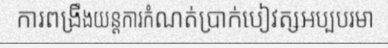
ការពង្រឹងយន្តការកំណត់ប្រាក់បៀវត្សអប្បបរមា